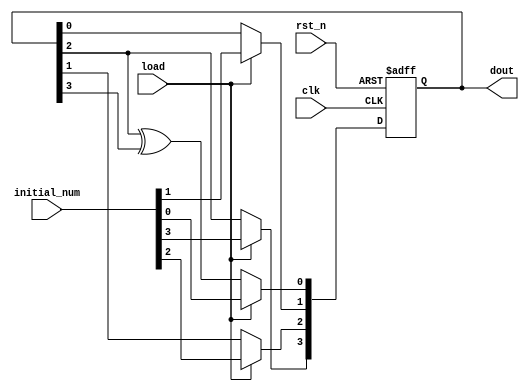
//random number generator

module LSFR(clk,rst_n,load,initial_num,dout);
	input clk,rst_n;
	input load;
	input [3:0] initial_num;
	output reg [3:0] dout;

	always @(posedge clk or negedge rst_n)
		begin
			if(!rst_n)
				dout<=4'd0;
			else if(load)
				dout<=initial_num;
			else
				begin
					dout[0]<=dout[2]^dout[3];
					dout[1]<=dout[0];
					dout[2]<=dout[1];
					dout[3]<=dout[2];
				end
		end

endmodule